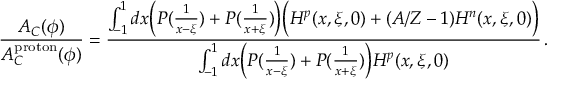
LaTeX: \frac { A _ { C } ( \phi ) } { A _ { C } ^ { \mathrm { p r o t o n } } ( \phi ) } = \frac { \int _ { - 1 } ^ { 1 } d x \Big ( P ( \frac { 1 } { x - \xi } ) + P ( \frac { 1 } { x + \xi } ) \Big ) \Big ( H ^ { p } ( x , \xi , 0 ) + ( A / Z - 1 ) H ^ { n } ( x , \xi , 0 ) \Big ) } { \int _ { - 1 } ^ { 1 } d x \Big ( P ( \frac { 1 } { x - \xi } ) + P ( \frac { 1 } { x + \xi } ) \Big ) H ^ { p } ( x , \xi , 0 ) } \, .